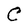
Character: C